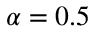
\alpha = 0 . 5